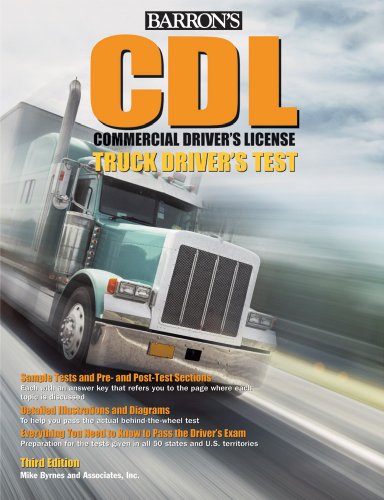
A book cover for Barron's CDL Truck Driver's Test; Mike Byrnes and Associates; Test Preparation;